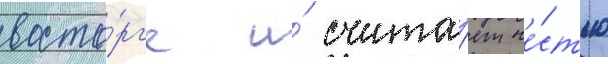
восто́рг'е и́ счита́ет че́стью